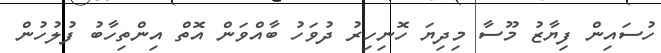
ހުސައިން ފިޔާޒު މޫސާ މިދިޔަ ހޮނިހިރު ދުވަހު ބާއްވަން އޮތް އިންތިހާބު ފުލުހުން